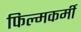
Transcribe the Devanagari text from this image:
फिल्मकर्मी